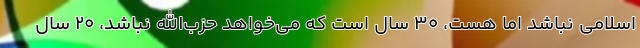
اسلامی نباشد اما هست، 30 سال است که می‌خواهد حزب‌الله نباشد، 20 سال